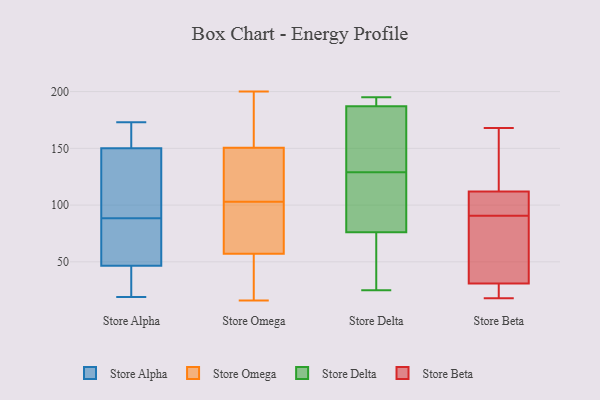
{"axis": {"x": "Bounce Rate (%)", "y": "Value"}, "legend": ["Store Alpha", "Store Beta", "Store Delta", "Store Omega"], "data": [{"x": "", "y": 82, "type": "Store Alpha"}, {"x": "", "y": 26, "type": "Store Alpha"}, {"x": "", "y": 19, "type": "Store Alpha"}, {"x": "", "y": 95, "type": "Store Alpha"}, {"x": "", "y": 135, "type": "Store Alpha"}, {"x": "", "y": 128, "type": "Store Alpha"}, {"x": "", "y": 49, "type": "Store Alpha"}, {"x": "", "y": 173, "type": "Store Alpha"}, {"x": "", "y": 65, "type": "Store Alpha"}, {"x": "", "y": 165, "type": "Store Alpha"}, {"x": "", "y": 167, "type": "Store Alpha"}, {"x": "", "y": 44, "type": "Store Alpha"}, {"x": "", "y": 82, "type": "Store Omega"}, {"x": "", "y": 124, "type": "Store Omega"}, {"x": "", "y": 82, "type": "Store Omega"}, {"x": "", "y": 152, "type": "Store Omega"}, {"x": "", "y": 106, "type": "Store Omega"}, {"x": "", "y": 189, "type": "Store Omega"}, {"x": "", "y": 16, "type": "Store Omega"}, {"x": "", "y": 146, "type": "Store Omega"}, {"x": "", "y": 56, "type": "Store Omega"}, {"x": "", "y": 133, "type": "Store Omega"}, {"x": "", "y": 92, "type": "Store Omega"}, {"x": "", "y": 26, "type": "Store Omega"}, {"x": "", "y": 154, "type": "Store Omega"}, {"x": "", "y": 60, "type": "Store Omega"}, {"x": "", "y": 40, "type": "Store Omega"}, {"x": "", "y": 47, "type": "Store Omega"}, {"x": "", "y": 200, "type": "Store Omega"}, {"x": "", "y": 103, "type": "Store Omega"}, {"x": "", "y": 153, "type": "Store Omega"}, {"x": "", "y": 129, "type": "Store Delta"}, {"x": "", "y": 189, "type": "Store Delta"}, {"x": "", "y": 66, "type": "Store Delta"}, {"x": "", "y": 181, "type": "Store Delta"}, {"x": "", "y": 189, "type": "Store Delta"}, {"x": "", "y": 134, "type": "Store Delta"}, {"x": "", "y": 85, "type": "Store Delta"}, {"x": "", "y": 73, "type": "Store Delta"}, {"x": "", "y": 195, "type": "Store Delta"}, {"x": "", "y": 25, "type": "Store Delta"}, {"x": "", "y": 116, "type": "Store Delta"}, {"x": "", "y": 87, "type": "Store Beta"}, {"x": "", "y": 21, "type": "Store Beta"}, {"x": "", "y": 50, "type": "Store Beta"}, {"x": "", "y": 94, "type": "Store Beta"}, {"x": "", "y": 107, "type": "Store Beta"}, {"x": "", "y": 168, "type": "Store Beta"}, {"x": "", "y": 157, "type": "Store Beta"}, {"x": "", "y": 18, "type": "Store Beta"}, {"x": "", "y": 112, "type": "Store Beta"}, {"x": "", "y": 31, "type": "Store Beta"}]}